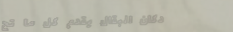
دكان البقال يقدم كل ما تح